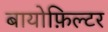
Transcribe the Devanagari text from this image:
बायोफ़िल्टर